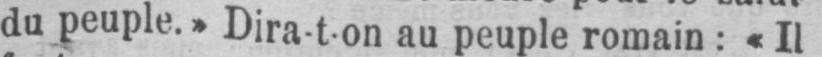
du peuple.» Dira-ton au peuple romain: «Il